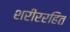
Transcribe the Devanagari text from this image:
शरीररहित